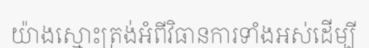
យ៉ាងស្មោះត្រង់អំពីវិធានការទាំងអស់ដើម្បី